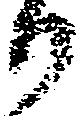
り